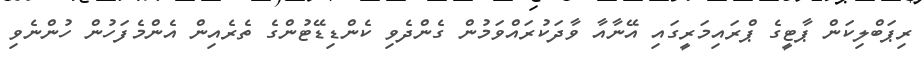
ރިޕަބްލިކަން ޕާޓީގެ ޕްރައިމަރީގައި އޭނާއާ ވާދަކުރައްވަމުން ގެންދެވި ކެންޑިޑޭޓުންގެ ތެރެއިން އެންމެފަހުން ހުންނެވި